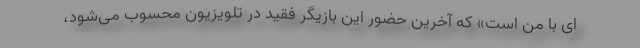
ای با من است» که آخرین حضور این بازیگر فقید در تلویزیون محسوب می‌شود،